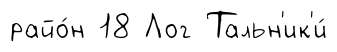
райо́н 18 Лог Тальн'ик'и́